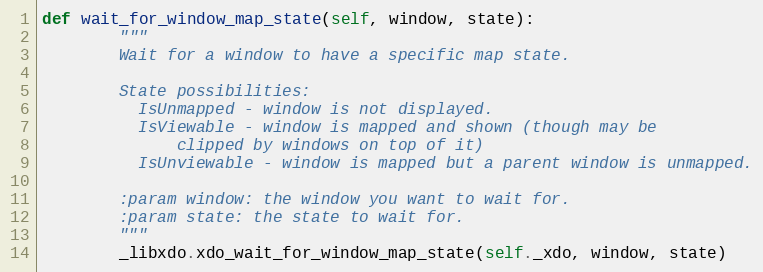
Language: Python
def wait_for_window_map_state(self, window, state):
        """
        Wait for a window to have a specific map state.

        State possibilities:
          IsUnmapped - window is not displayed.
          IsViewable - window is mapped and shown (though may be
              clipped by windows on top of it)
          IsUnviewable - window is mapped but a parent window is unmapped.

        :param window: the window you want to wait for.
        :param state: the state to wait for.
        """
        _libxdo.xdo_wait_for_window_map_state(self._xdo, window, state)